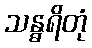
သန္ဓရိတုံ